65_HS1-834228961_62-HQ-83894_Section_9
Agency: FBI
Page 45
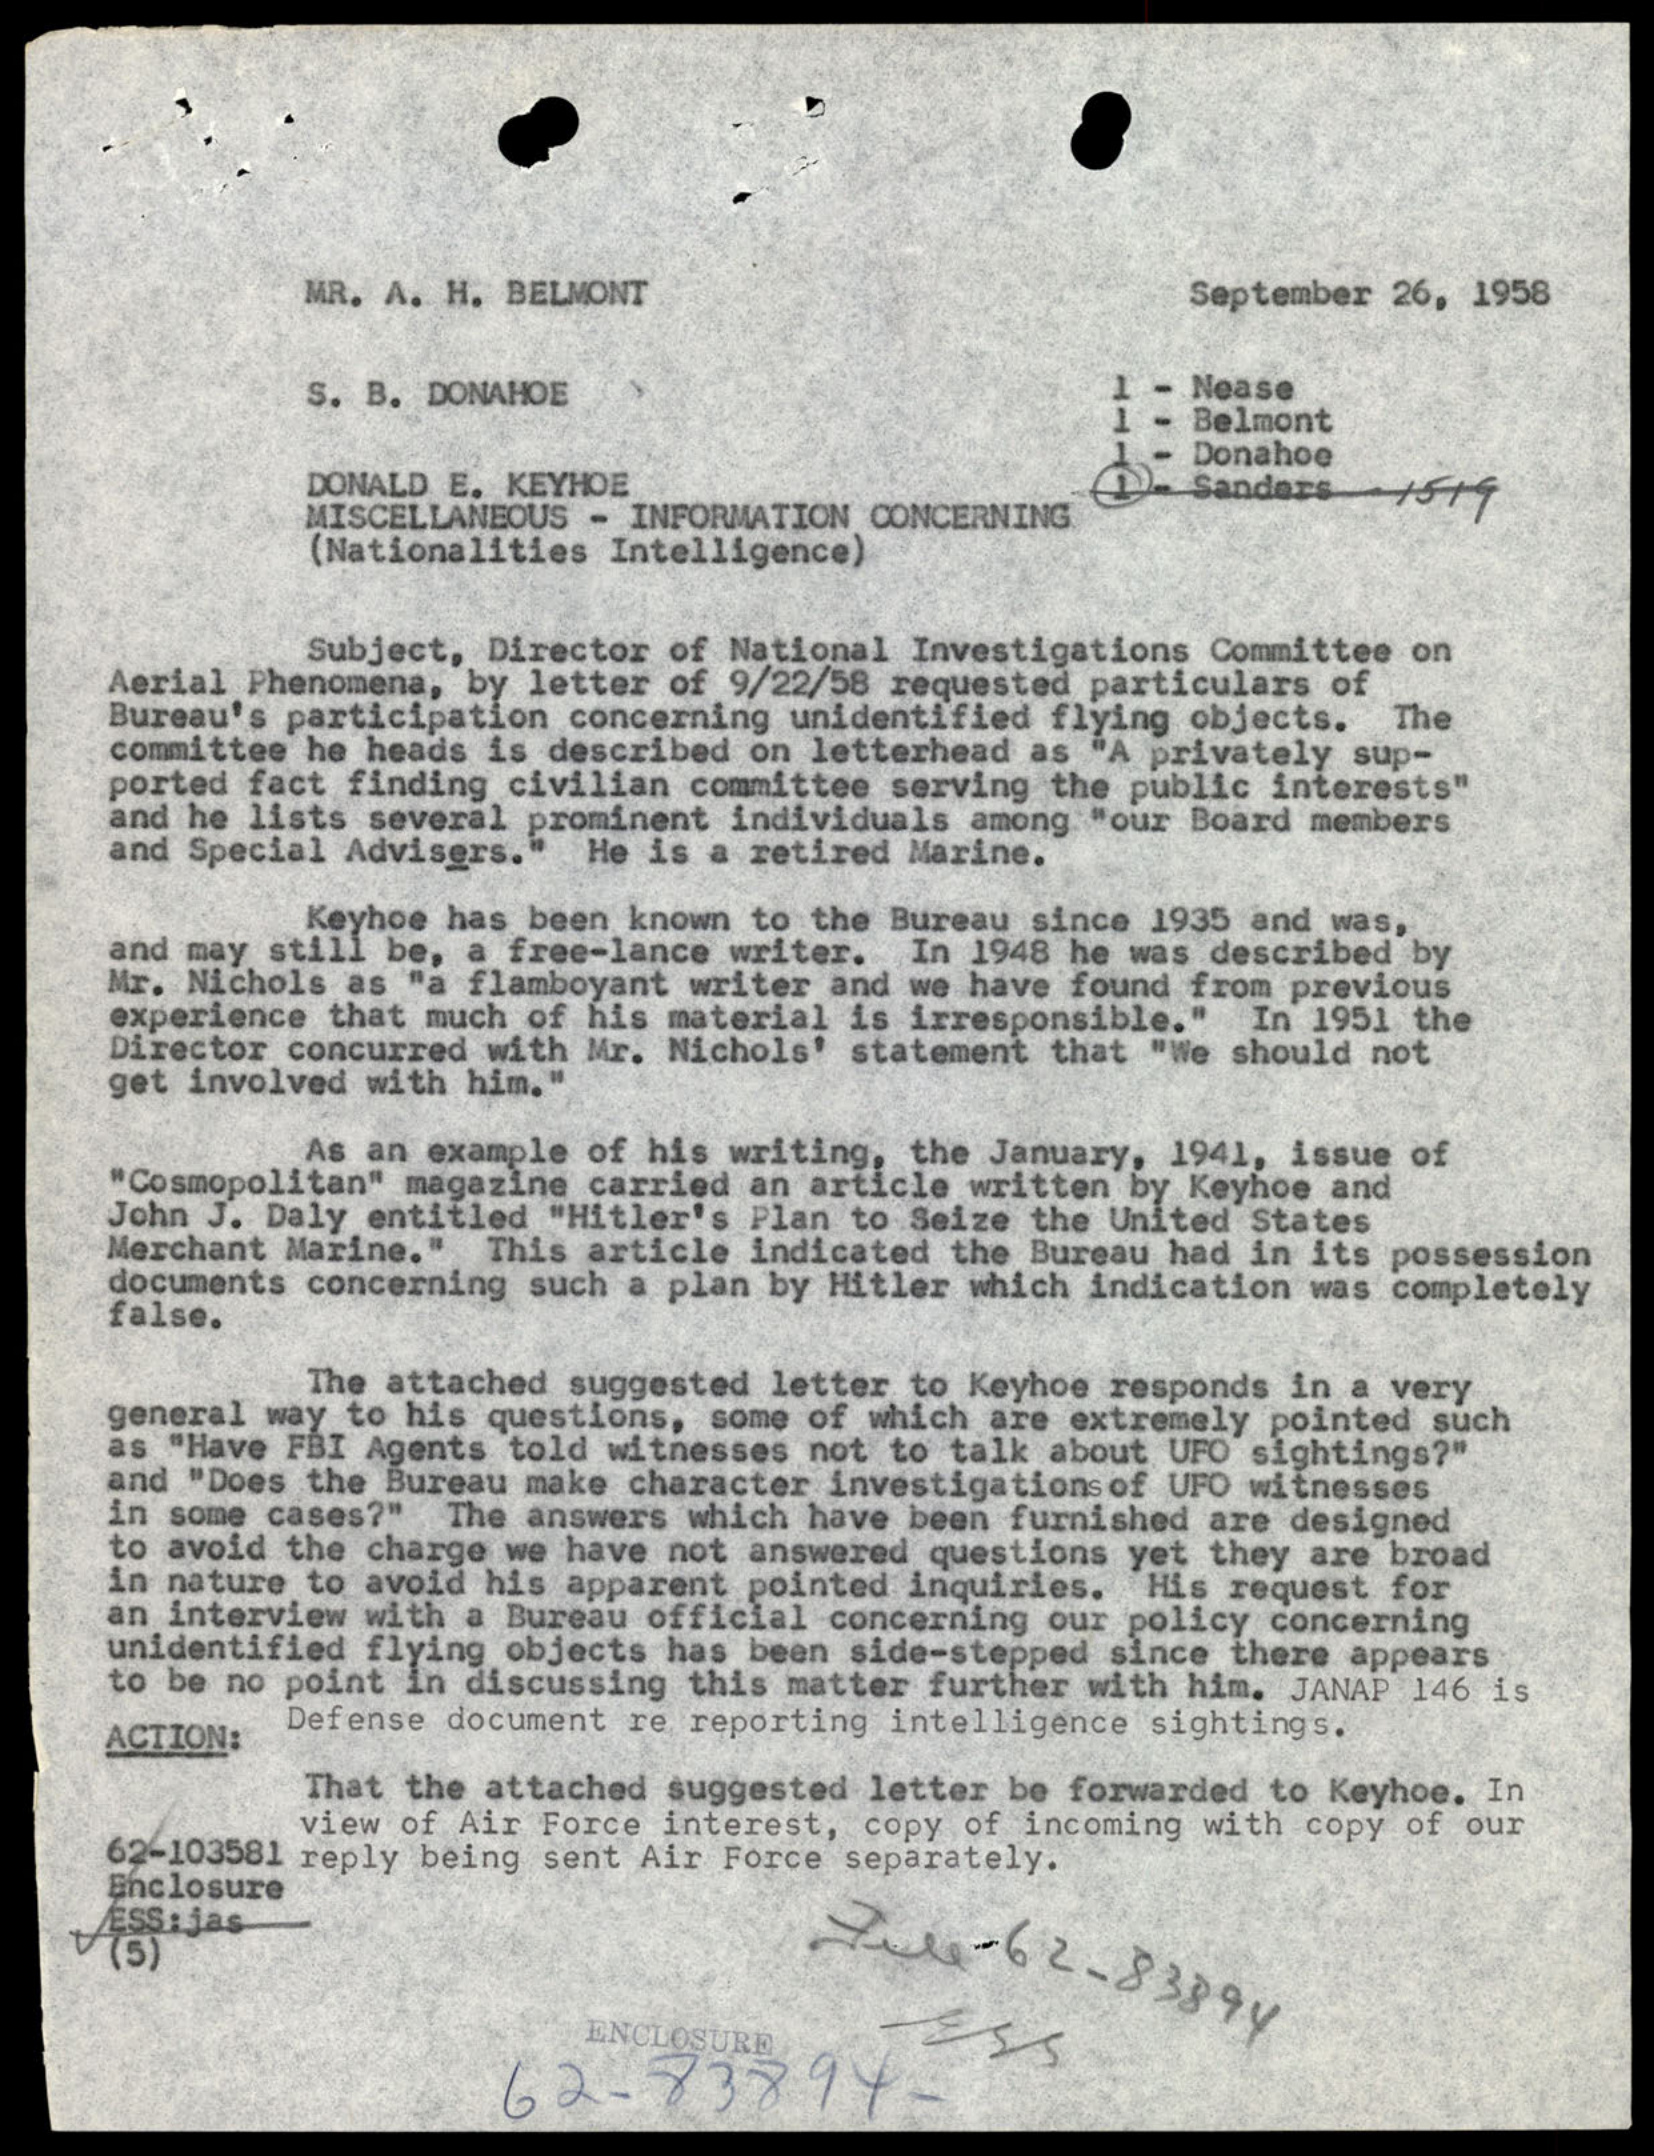